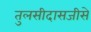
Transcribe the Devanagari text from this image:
तुलसीदासजीसे